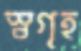
স্বগৃহ